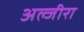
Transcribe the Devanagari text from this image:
अल्जीरा